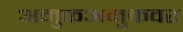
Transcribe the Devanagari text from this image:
अमुकअमुकवर